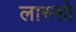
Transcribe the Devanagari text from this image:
लास्सो